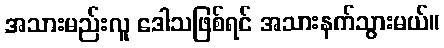
အသားမည်းလူ ဒေါသဖြစ်ရင် အသားနက်သွားမယ်။